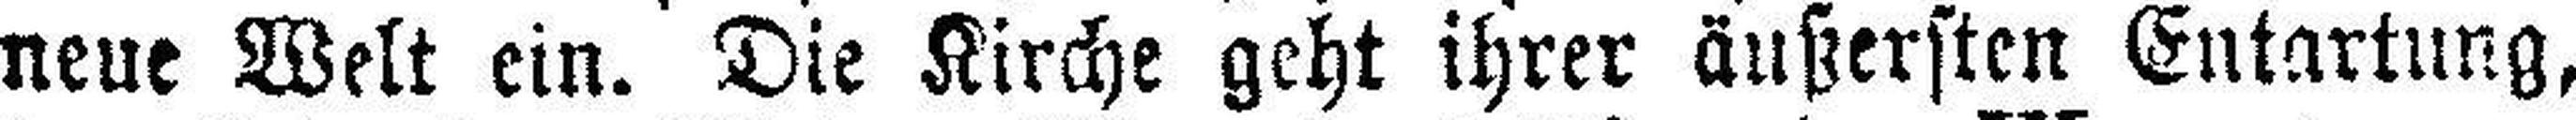
neue Welt ein. Die Kirche geht ihrer äußersten Entartung,